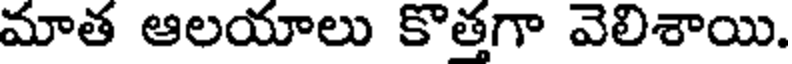
మాత ఆలయాలు కొత్తగా వెలిశాయి.